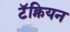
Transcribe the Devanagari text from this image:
टॅक्नियन